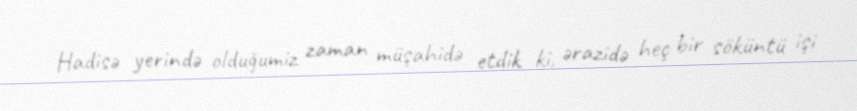
Hadisə yerində olduğumiz zaman müşahidə etdik ki, ərazidə heç bir söküntü işi